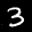
Label: 3